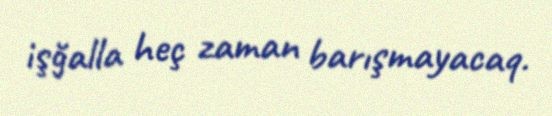
işğalla heç zaman barışmayacaq.